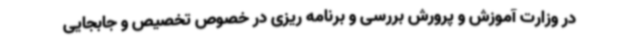
در وزارت آموزش و پرورش بررسی و برنامه ریزی در خصوص تخصیص و جابجایی